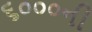
૬૦૦૦ની